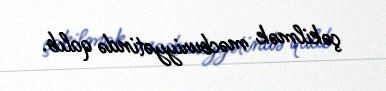
çəkilmək məcburiyyətində qalıb.